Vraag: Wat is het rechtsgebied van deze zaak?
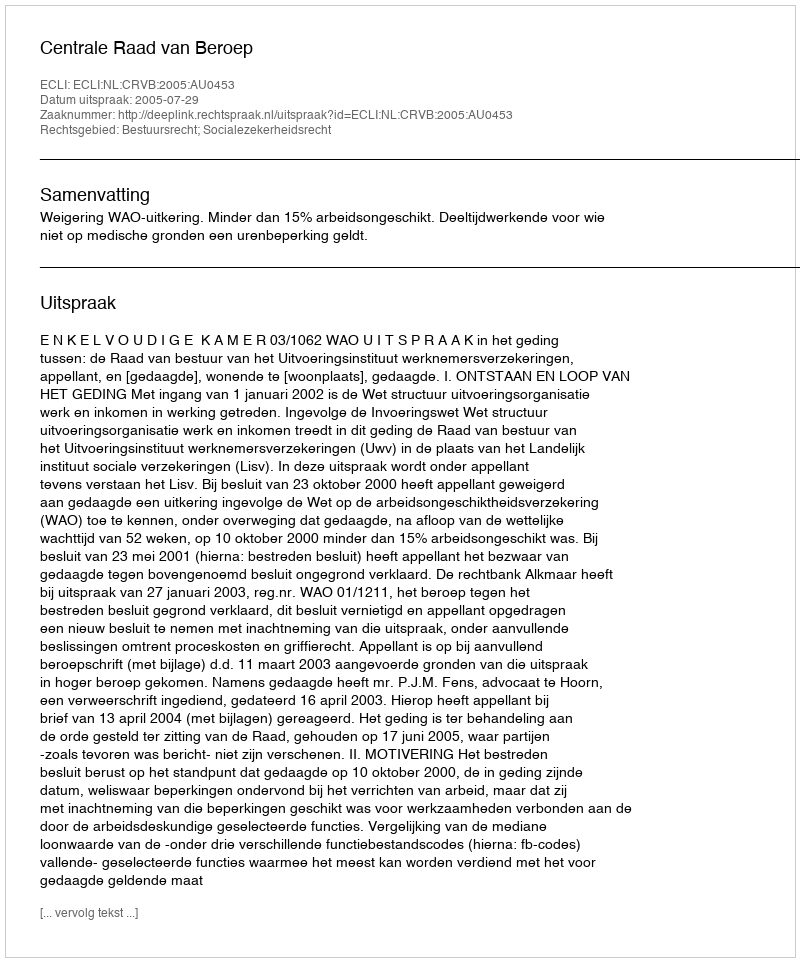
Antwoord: Bestuursrecht; Socialezekerheidsrecht